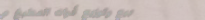
بيع وتوزيع أدوات المطبخ م